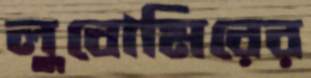
লুবোমিরের